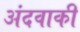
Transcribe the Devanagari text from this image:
अंदवाकी